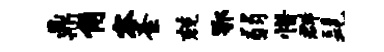
鼎角容紊兢鄂弱惜群髦